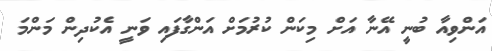
އަންވިއާ ބުނީ އޭނާ އަށް މިކަން ކުރުމަށް އަންގާފައި ވަނީ އެކުދިން މަންމަ